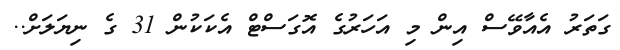
ގަތަރު އެއާވޭސް އިން މި އަހަރުގެ އޮގަސްޓް އެކަކުން 31 ގެ ނިޔަލަށް..